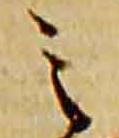
之